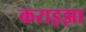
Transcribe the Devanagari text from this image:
कराइझा